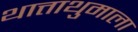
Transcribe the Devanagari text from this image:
थात्ताथुमाला